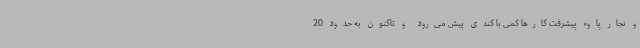
و نجار پاوه پیشرفت کارها کمی با کندی پیش می‌رود و تاکنون به حدود 20